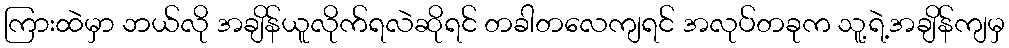
ကြားထဲမှာ ဘယ်လို အချိန်ယူလိုက်ရလဲဆိုရင် တခါတလေကျရင် အလုပ်တခုက သူ့ရဲ့အချိန်ကျမှ